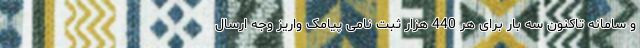
و سامانه تاکنون سه بار برای هر 440 هزار ثبت نامی پیامک واریز وجه ارسال